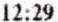
12:29